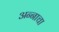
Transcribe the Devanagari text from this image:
अन्‍नाचा